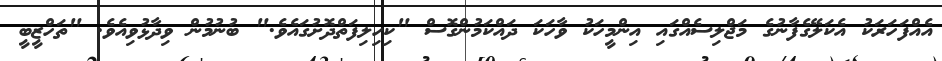
އެއްފަހަރަކު އެކަލޭގެފާނުގެ މަޖްލިސެއްގައި އިންމީހަކު ވާހަކަ ދައްކަމުންގޮސް "ކިހިލިފަތްދޮށުގައެވެ." ބުނުމުން ވިދާޅުވިއެވެ. "ތަހްޒީބީ